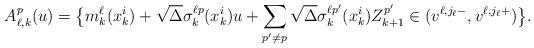
LaTeX: \begin{align*}A_{\ell,k}^p(u) = \big\{ m_k^{\ell}(x_k^{i}) + \sqrt{\Delta}\sigma_k^{\ell p} (x_k^i) u + \sum_{p' \not=p} \sqrt{\Delta}\sigma_k^{\ell p' } (x_k^i) Z_{k+1}^{p'} \in (v^{\ell,j_{\ell}-}, v^{\ell,j_{\ell}+} ) \big\}.\end{align*}